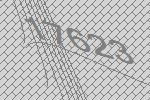
17623